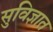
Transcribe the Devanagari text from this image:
सुविज्ञात